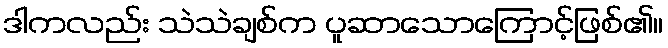
ဒါကလည်း သဲသဲချစ်က ပူဆာသောကြောင့်ဖြစ်၏။